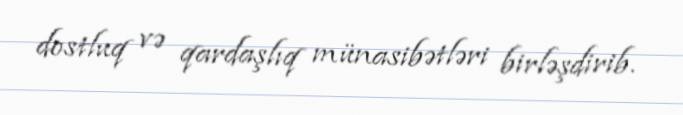
dostluq və qardaşlıq münasibətləri birləşdirib.